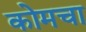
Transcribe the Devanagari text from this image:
कोमचा